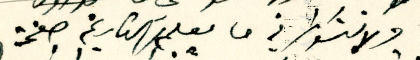
ولا تنسو ان في ما معلمَ التاريخ صفحة